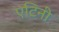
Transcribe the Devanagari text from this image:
एटिनी